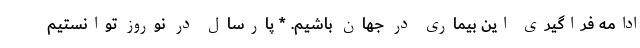
ادامه فراگیری این بیماری در جهان باشیم. * پارسال در نوروز توانستیم